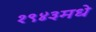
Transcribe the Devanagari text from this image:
१९४३मधे